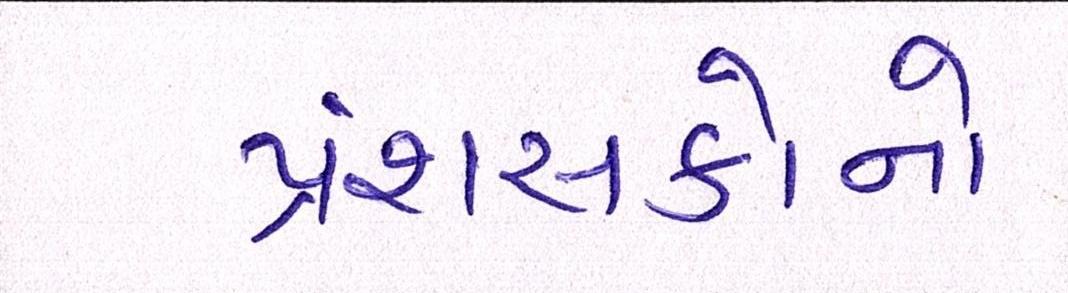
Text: પ્રશંસકોનો